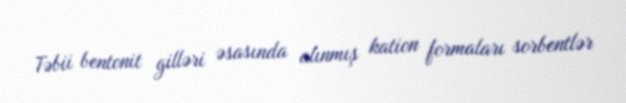
Təbii bentonit gilləri əsasında alınmış kation formaları sorbentlər